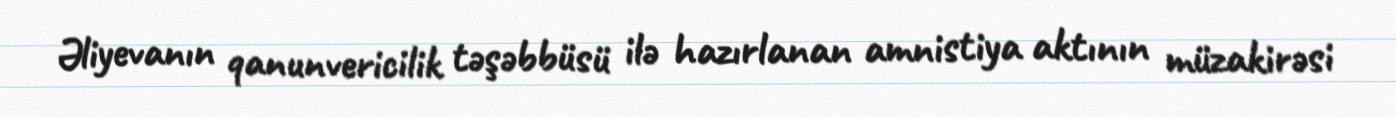
Əliyevanın qanunvericilik təşəbbüsü ilə hazırlanan amnistiya aktının müzakirəsi